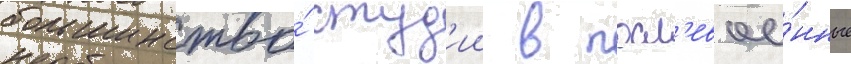
большинство́ студ'ии в посл'евое́нные